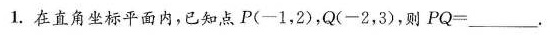
1.在直角坐标平面内，已知点P(-1，2)，Q(-2，3)，则$$P Q = ___$$。